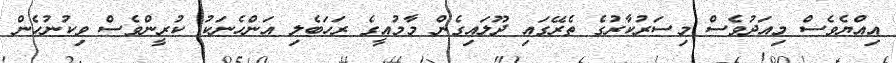
އިއްޔެވެސް މިއަދުވެސް މިސަރުކާރުގެ ތެރޭގައި ދޫލައިގެން މާމުއީގެ ރަހަބެލި އަންހެނަކު ކުރީންވެސް ވިކުނުހެން